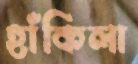
হাঁকিলা